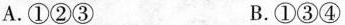
A.①②③ B.①③④